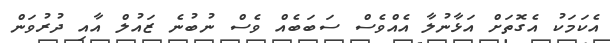
އެކަމަކު އެގޮތަށް އަޅާނުލާ އެއްވެސް ސަބަބެއް ވެސް ނުބުނެ ޒައުލް އާއި ދުރުވަން